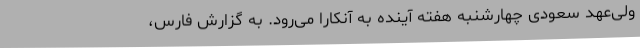
ولی‌عهد سعودی چهارشنبه هفته آینده به آنکارا می‌رود. به گزارش فارس،